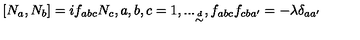
[ N _ { a } , N _ { b } ] = i f _ { a b c } N _ { c } , a , b , c = 1 , . . . _ { \frac { \buildrel d } { \sim } } , f _ { a b c } f _ { c b a ^ { \prime } } = - \lambda \delta _ { a a ^ { \prime } }